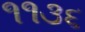
૧૧૩૬